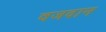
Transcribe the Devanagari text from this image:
वजदान